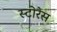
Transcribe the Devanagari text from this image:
स्टोरेस